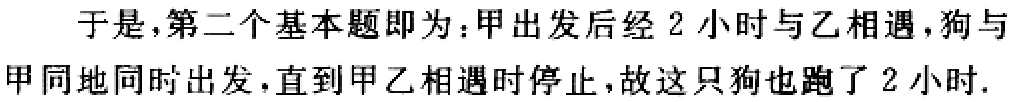
于是，第二个基本题即为：甲出发后经 2 小时与乙相遇，狗与甲同地同时出发，直到甲乙相遇时停止，故这只狗也跑了 2 小时.